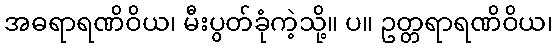
အဓရာရဏိဝိယ၊ မီးပွတ်ခုံကဲ့သို့။ ပ။ ဥတ္တရာရဏိဝိယ၊